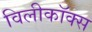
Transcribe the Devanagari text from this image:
विलीकॉक्स